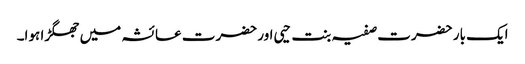
ایک بار حضرت صفیہ بنت حیی اور حضرت عائشہ میں جھگڑا ہوا۔